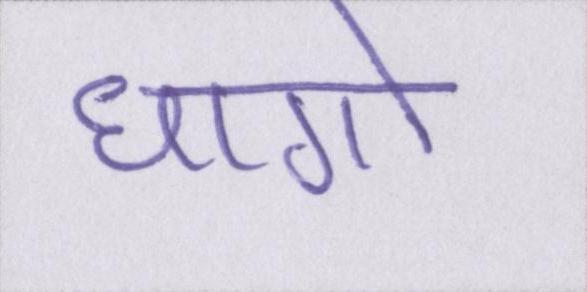
धागो